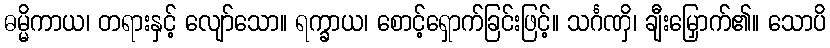
ဓမ္မိကာယ၊ တရားနှင့် လျော်သော။ ရက္ခာယ၊ စောင့်ရှောက်ခြင်းဖြင့်။ သင်္ဂဏှိ၊ ချီးမြှောက်၏။ သောပိ